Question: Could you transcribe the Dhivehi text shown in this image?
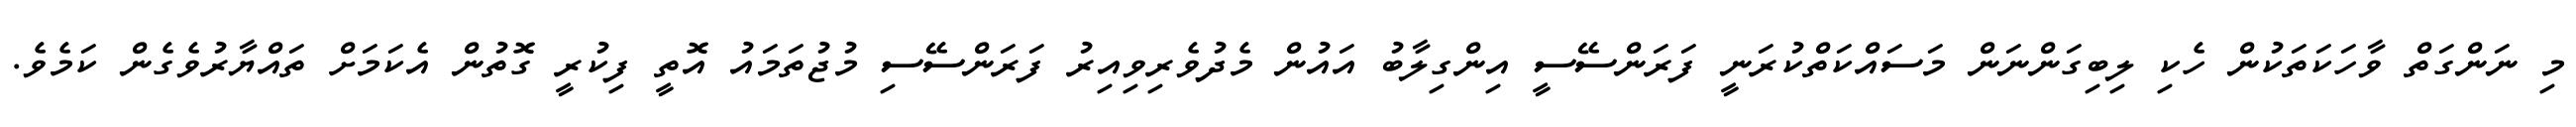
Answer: މި ނަންގަތް ވާހަކަތަކުން ހެކި ލިބިގަންނަން މަސައްކަތްކުރަނީ ފަރަންސޭސީ އިންގިލާބު އައުން މެދުވެރިވިއިރު ފަރަންސޭސި މުޖުތަމައު އޮތީ ފިކުރީ ގޮތުން އެކަމަށް ތައްޔާރުވެގެން ކަމެވެ.